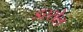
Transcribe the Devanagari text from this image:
डस्सेल